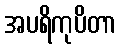
အပရိကုပိတာ